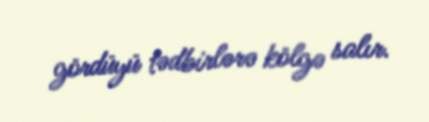
gördüyü tədbirlərə kölgə salır.